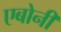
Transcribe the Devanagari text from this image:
एबोनी